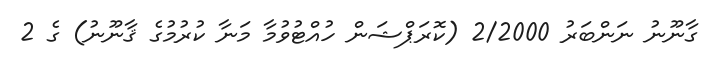
ގާނޫނު ނަންބަރު 2/2000 (ކޮރަޕްޝަން ހުއްޓުވުމާ މަނާ ކުރުމުގެ ޤާނޫނު) ގެ 2